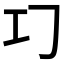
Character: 𢀕